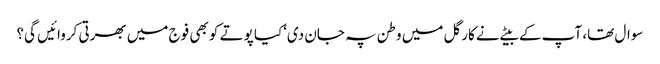
سوال تھا، آپ کے بیٹے نے کارگل میں وطن پہ جان دی‘کیا پوتے کو بھی فوج میں بھرتی کروائیں گی؟